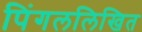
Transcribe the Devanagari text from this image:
पिंगललिखित